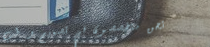
نحن متخصصون في تصميم و طب